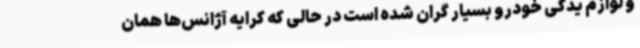
و لوازم یدکی خودرو بسیار گران شده است در حالی که کرایه آژانس‌ها همان